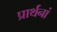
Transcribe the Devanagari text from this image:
प्रार्थनां